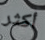
أكثر